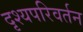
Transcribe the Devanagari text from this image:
दृश्यपरिवर्तन